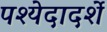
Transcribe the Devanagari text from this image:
पश्येदादर्शे